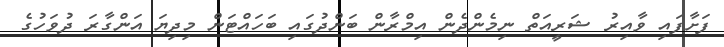
ފަށާފައި ވާއިރު ޝަރީއަތް ނިމެންދެން އިމްރާން ބަންދުގައި ބަހައްޓަން މިދިޔަ އަންގާރަ ދުވަހުގެ